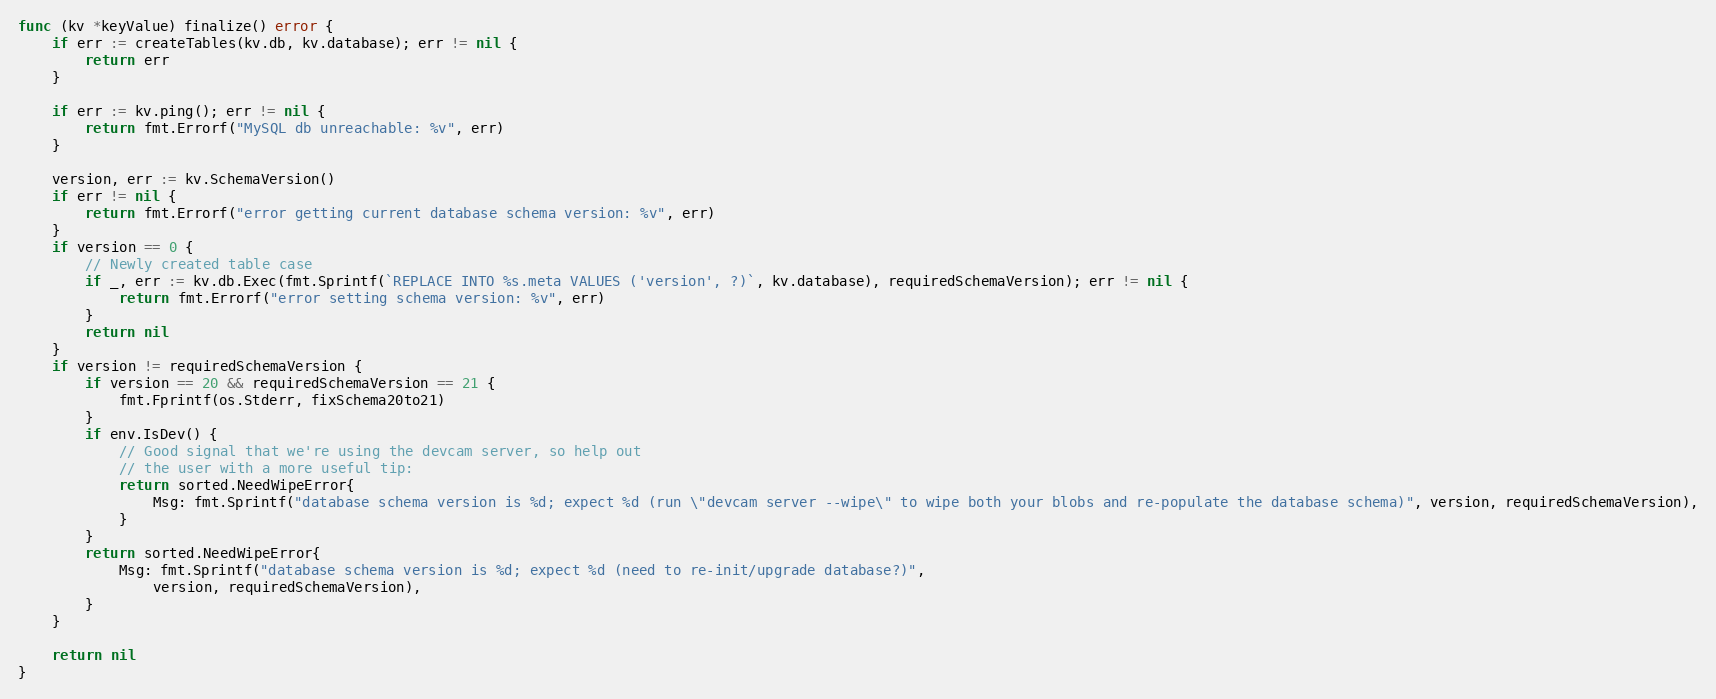
Language: Go
func (kv *keyValue) finalize() error {
	if err := createTables(kv.db, kv.database); err != nil {
		return err
	}

	if err := kv.ping(); err != nil {
		return fmt.Errorf("MySQL db unreachable: %v", err)
	}

	version, err := kv.SchemaVersion()
	if err != nil {
		return fmt.Errorf("error getting current database schema version: %v", err)
	}
	if version == 0 {
		// Newly created table case
		if _, err := kv.db.Exec(fmt.Sprintf(`REPLACE INTO %s.meta VALUES ('version', ?)`, kv.database), requiredSchemaVersion); err != nil {
			return fmt.Errorf("error setting schema version: %v", err)
		}
		return nil
	}
	if version != requiredSchemaVersion {
		if version == 20 && requiredSchemaVersion == 21 {
			fmt.Fprintf(os.Stderr, fixSchema20to21)
		}
		if env.IsDev() {
			// Good signal that we're using the devcam server, so help out
			// the user with a more useful tip:
			return sorted.NeedWipeError{
				Msg: fmt.Sprintf("database schema version is %d; expect %d (run \"devcam server --wipe\" to wipe both your blobs and re-populate the database schema)", version, requiredSchemaVersion),
			}
		}
		return sorted.NeedWipeError{
			Msg: fmt.Sprintf("database schema version is %d; expect %d (need to re-init/upgrade database?)",
				version, requiredSchemaVersion),
		}
	}

	return nil
}